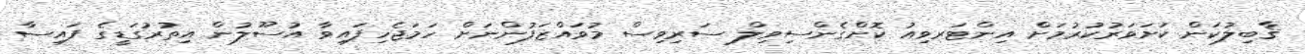
ޤާބިލުކަން ކަށަވަރުކުރުމަށް އިންޓަރވިއު ކޮށްގެންސިވިލް ސަރިވިސް މުވައްޒަފުންނަށް ހަމަޖެހިފައިވާ އުސޫލުން އިތުރުގަޑީގެ ފައިސާ